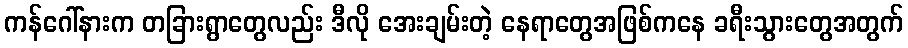
ကန်ဂေါ်နားက တခြားရွာတွေလည်း ဒီလို အေးချမ်းတဲ့ နေရာတွေအဖြစ်ကနေ ခရီးသွားတွေအတွက်